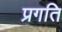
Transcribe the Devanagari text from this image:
प्रगति